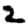
Digit: 2